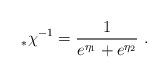
LaTeX: \begin{align*}_* \chi^{-1} = \frac{1}{e^{\eta_1} + e^{\eta_2}}\,\,.\end{align*}